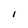
Character: i